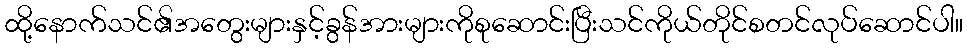
ထို့နောက်သင်၏အတွေးများနှင့်ခွန်အားများကိုစုဆောင်းပြီးသင်ကိုယ်တိုင်စတင်လုပ်ဆောင်ပါ။